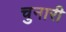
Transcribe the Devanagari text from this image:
चुनारी